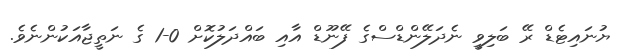
ޔުނައިޓެޑް ރޭ ބަލިވީ ނެދަލޭންޑްސްގެ ފޭނޫޑް އާއި ބައްދަލުކޮށް 0-1 ގެ ނަތީޖާއަކުންނެވެ.